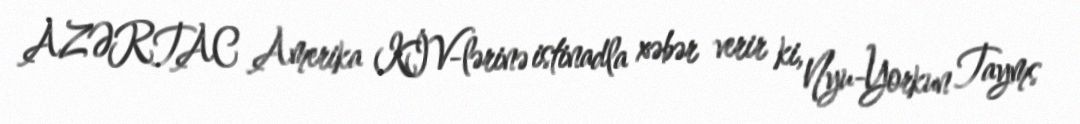
AZƏRTAC Amerika KİV-lərinə istinadla xəbər verir ki, Nyu-Yorkun Tayms